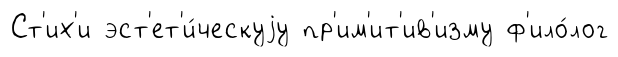
Ст'их'и эст'ет'и́ческуjу пр'им'ит'ив'изму ф'ило́лог